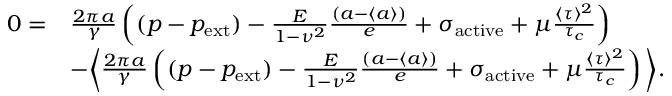
\begin{array} { r l } { 0 = } & { \frac { 2 \pi a } { \gamma } \left( ( p - p _ { \mathrm { e x t } } ) - \frac { E } { 1 - \nu ^ { 2 } } \frac { \left( a - \langle a \rangle \right) } { e } + \sigma _ { \mathrm { a c t i v e } } + \mu \frac { \langle \tau \rangle ^ { 2 } } { \tau _ { c } } \right) } \\ & { - \bigg \langle \frac { 2 \pi a } { \gamma } \left( ( p - p _ { \mathrm { e x t } } ) - \frac { E } { 1 - \nu ^ { 2 } } \frac { \left( a - \langle a \rangle \right) } { e } + \sigma _ { \mathrm { a c t i v e } } + \mu \frac { \langle \tau \rangle ^ { 2 } } { \tau _ { c } } \right) \bigg \rangle . } \end{array}